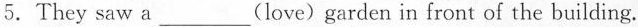
5.They saw a__(love)garden in front of the building.